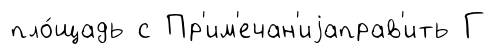
пло́щадь с Пр'им'ечан'иjаправ'ить Г